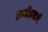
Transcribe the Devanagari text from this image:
हानीप्रमाणे